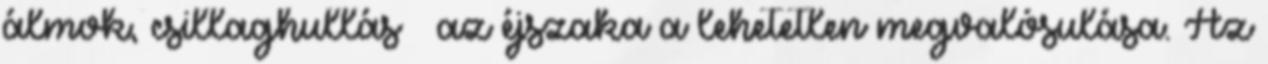
álmok, csillaghullás – az éjszaka a lehetetlen megvalósulása. Az